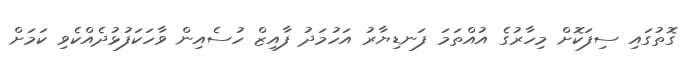
ގޮތުގައި ސިފަކޮށް މިހާރުގެ އުއްތަމަ ފަނޑިޔާރު އަހުމަދު ފާއިޒް ހުސެއިން ވާހަކަފުޅުދެއްކެވި ކަމަށް